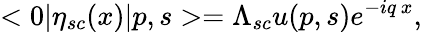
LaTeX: <0|\eta_{sc}(x)|p,s>=\Lambda_{sc}u(p,s)e^{-iq\, x},